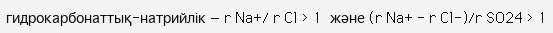
гидрокарбонаттық-натрийлік — r Na+/ r Cl > 1  және (r Na+ - r Cl-)/r SO24 > 1